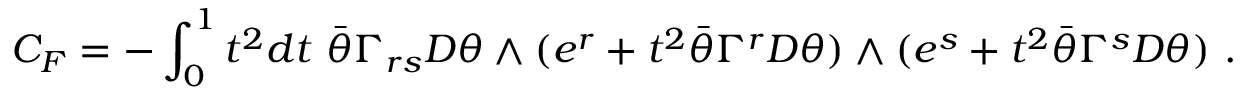
C _ { F } = - \int _ { 0 } ^ { 1 } t ^ { 2 } d t ~ { \bar { \theta } } \Gamma _ { r s } D \theta \wedge ( e ^ { r } + t ^ { 2 } \bar { \theta } \Gamma ^ { r } D \theta ) \wedge ( e ^ { s } + t ^ { 2 } \bar { \theta } \Gamma ^ { s } D \theta ) \ .